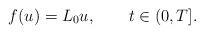
LaTeX: \begin{align*}f(u)=L_0 u,~~~~~~t\in (0,T].\end{align*}